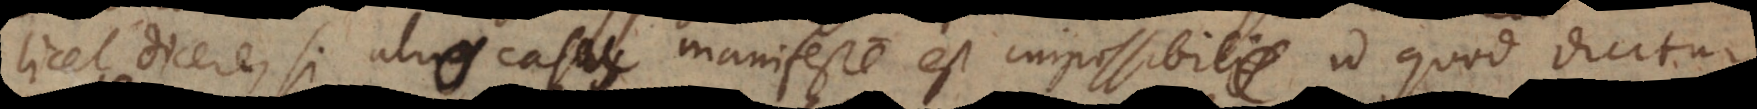
licet dicere, si alius casus manifeste est impossibilis alio casu